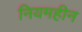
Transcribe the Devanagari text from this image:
नियमहीन